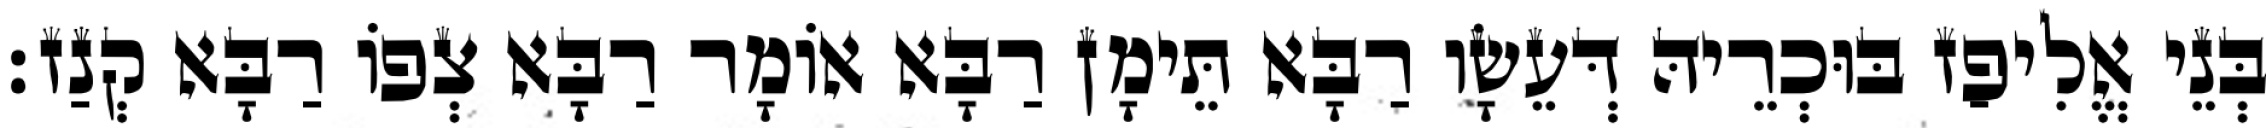
בְּנֵי אֱלִיפַז בּוּכְרֵיהּ דְּעֵשָׂו רַבָּא תֵּימָן רַבָּא אוֹמָר רַבָּא צְפוֹ רַבָּא קְנַז׃